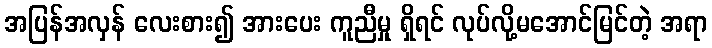
အပြန်အလှန် လေးစား၍ အားပေး ကူညီမှု ရှိရင် လုပ်လို့မအောင်မြင်တဲ့ အရာ